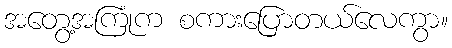
အတွေ့အကြုံက စကားပြောတယ်လေကွာ။